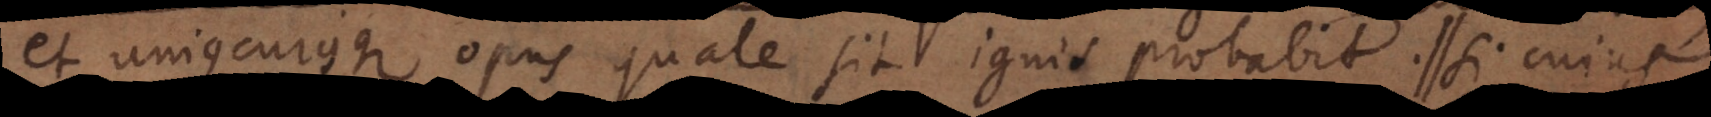
et uniuscujusque opus quale sit ignis probabit. Si cuju